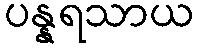
ပန္နရသာယ